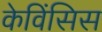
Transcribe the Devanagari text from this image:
केविंसिस